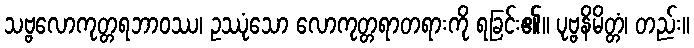
သဗ္ဗလောကုတ္တရဘာဝဿ၊ ဥဿုံသော လောကုတ္တရာတရားကို ရခြင်း၏။ ပုဗ္ဗနိမိတ္တံ၊ တည်း။